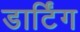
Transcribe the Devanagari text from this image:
डार्टिंग